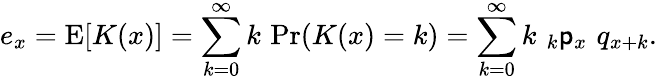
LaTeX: e_{x}=\operatorname{E}[K(x)]=\sum_{k=0}^{\infty}k\, \operatorname*{Pr}(K(x)=k)=\sum_{k=0}^{\infty}k\, \, _{k}\mathsf{p}_{x}\, \, q_{x+k}.